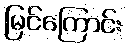
မြင်ကြောင်း